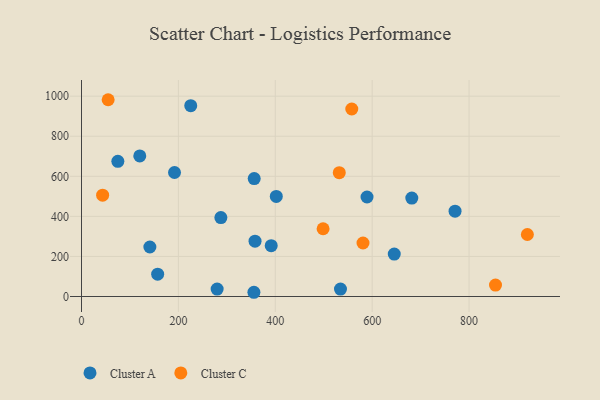
{"axis": {"x": "Engine Size", "y": "Fuel Efficiency"}, "legend": ["Cluster A", "Cluster C"], "data": [{"x": "75.0", "y": 674.9, "type": "Cluster A"}, {"x": "534.6", "y": 37.2, "type": "Cluster A"}, {"x": "402.1", "y": 499.6, "type": "Cluster A"}, {"x": "358.2", "y": 276.0, "type": "Cluster A"}, {"x": "287.7", "y": 394.2, "type": "Cluster A"}, {"x": "356.5", "y": 588.5, "type": "Cluster A"}, {"x": "120.3", "y": 702.0, "type": "Cluster A"}, {"x": "225.5", "y": 952.5, "type": "Cluster A"}, {"x": "589.4", "y": 496.8, "type": "Cluster A"}, {"x": "681.8", "y": 491.3, "type": "Cluster A"}, {"x": "192.0", "y": 619.1, "type": "Cluster A"}, {"x": "141.1", "y": 247.1, "type": "Cluster A"}, {"x": "157.2", "y": 111.5, "type": "Cluster A"}, {"x": "645.6", "y": 211.6, "type": "Cluster A"}, {"x": "771.1", "y": 426.0, "type": "Cluster A"}, {"x": "391.6", "y": 253.8, "type": "Cluster A"}, {"x": "280.0", "y": 37.0, "type": "Cluster A"}, {"x": "355.9", "y": 21.1, "type": "Cluster A"}, {"x": "557.9", "y": 936.0, "type": "Cluster C"}, {"x": "581.1", "y": 267.1, "type": "Cluster C"}, {"x": "532.1", "y": 618.1, "type": "Cluster C"}, {"x": "43.6", "y": 505.6, "type": "Cluster C"}, {"x": "498.7", "y": 338.3, "type": "Cluster C"}, {"x": "854.6", "y": 56.8, "type": "Cluster C"}, {"x": "55.0", "y": 982.3, "type": "Cluster C"}, {"x": "920.4", "y": 309.5, "type": "Cluster C"}]}